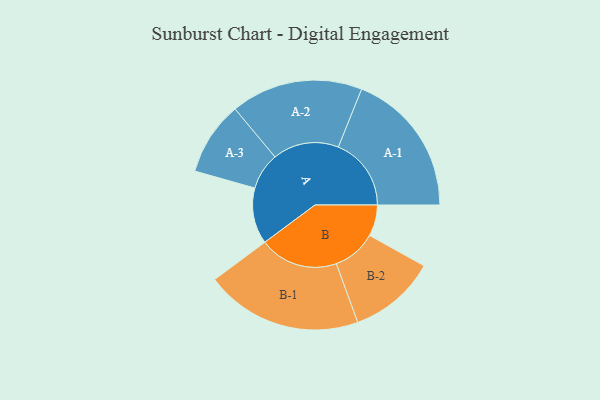
{"axis": {"x": "Segment", "y": "Value"}, "legend": ["", "A", "B"], "data": [{"x": "A", "y": 196, "type": ""}, {"x": "B", "y": 109, "type": ""}, {"x": "A-1", "y": 255, "type": "A"}, {"x": "A-2", "y": 231, "type": "A"}, {"x": "A-3", "y": 129, "type": "A"}, {"x": "B-1", "y": 275, "type": "B"}, {"x": "B-2", "y": 153, "type": "B"}]}